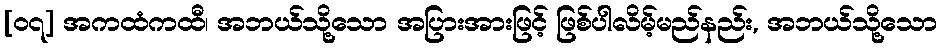
[၀၇] အကထံကထီ၊ အဘယ်သို့သော အပြားအားဖြင့် ဖြစ်ပါလိမ့်မည်နည်း, အဘယ်သို့သော